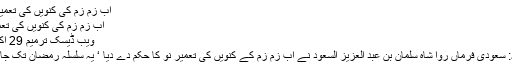
آبِ زم زم کی کنویں کی تعمیرِنوکا آغاز -
آبِ زم زم کی کنویں کی تعمیرِنوکا آغاز
ویب ڈیسک ترمیم 29 اکتوبر 2017
مکہ المعظمہ: سعودی فرماں روا شاہ سلمان بن عبد العزیز السعود نے آبِ زم زم کے کنویں کی تعمیرِ نو کا حکم دے دیا ‘ یہ سلسلہ رمضان تک جاری رہے گا۔